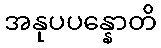
အနုပပန္နောတိ